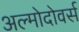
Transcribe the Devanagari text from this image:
अल्मोदोवर्स